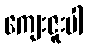
ကျေးဇူးပါ